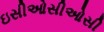
ઇસીઓસીઓસી